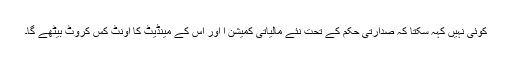
کوئی نہیں کہہ سکتا کہ صدارتی حکم کے تحت نئے مالیاتی کمیشن ا اور اس کے مینڈیٹ کا اونٹ کس کروٹ بیٹھے گا۔